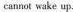
cannot wake up.